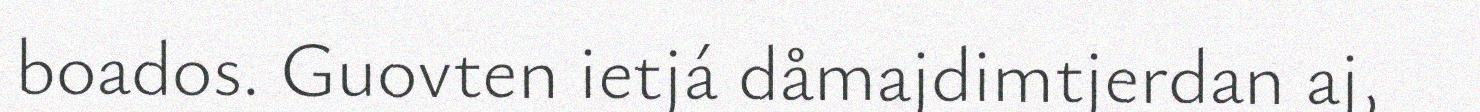
boados. Guovten ietjá dåmajdimtjerdan aj,